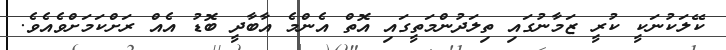
ކޭލަކުނަކީ ކުރީ ޒަމާނުގައި ތިލަދުންމަތީގައި އޮތް އެންމެ އާބާދީ ބޮޑު އެއް ރަށްކަމަށްވެއެވެ.